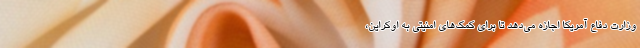
وزارت دفاع آمریکا اجازه می‌دهد تا برای کمک‌های امنیتی به اوکراین،